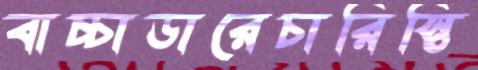
বাচ্চাডারেচারিস্তি